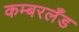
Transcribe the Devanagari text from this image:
कम्बरलँड